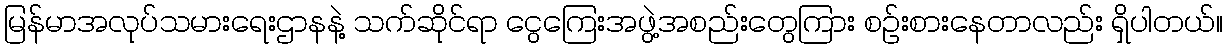
မြန်မာအလုပ်သမားရေးဌာနနဲ့ သက်ဆိုင်ရာ ငွေကြေးအဖွဲ့အစည်းတွေကြား စဉ်းစားနေတာလည်း ရှိပါတယ်။